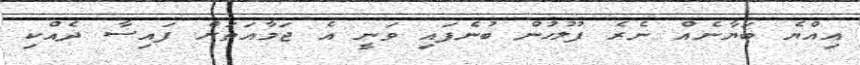
އިއްޔެ ބަޔާނެއް ނެރެ ފުލުހުން ބުނެފައި ވަނީ އެ ޖަމާއަތަށް ފައިސާ ދެއްކި